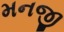
મનજી